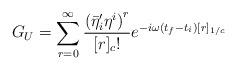
LaTeX: \begin{align*}G_U = \sum_{r=0}^{\infty} \frac{ { ( {{\bar{\eta}}^{\prime}}_i{\eta}^i)}^r}{[r]_c!}e^{-i\omega (t_f-t_i)[r]_{1/c}}\end{align*}